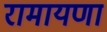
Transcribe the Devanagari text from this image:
रामायणा